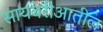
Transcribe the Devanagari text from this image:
सायबेरीआतील